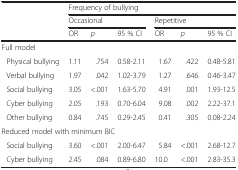
<table><thead><tr><td></td><td colspan="6"><b>Frequency of bullying</b></td></tr><tr><td></td><td colspan="3"><b>Occasional</b></td><td colspan="3"><b>Repetitive</b></td></tr><tr><td></td><td><b>OR</b></td><td><b><i>p</i></b></td><td><b>95 % CI</b></td><td><b>OR</b></td><td><b><i>p</i></b></td><td><b>95 % CI</b></td></tr></thead><tbody><tr><td colspan="7">Full model</td></tr><tr><td>Physical bullying</td><td>1.11</td><td>.754</td><td>0.58-2.11</td><td>1.67</td><td>.422</td><td>0.48-5.81</td></tr><tr><td>Verbal bullying</td><td>1.97</td><td>.042</td><td>1.02-3.79</td><td>1.27</td><td>.646</td><td>0.46-3.47</td></tr><tr><td>Social bullying</td><td>3.05</td><td>&lt;.001</td><td>1.63-5.70</td><td>4.91</td><td>.001</td><td>1.93-12.5</td></tr><tr><td>Cyber bullying</td><td>2.05</td><td>.193</td><td>0.70-6.04</td><td>9.08</td><td>.002</td><td>2.22-37.1</td></tr><tr><td>Other bullying</td><td>0.84</td><td>.745</td><td>0.29-2.45</td><td>0.41</td><td>.305</td><td>0.08-2.24</td></tr><tr><td colspan="7">Reduced model with minimum BIC</td></tr><tr><td>Social bullying</td><td>3.60</td><td>&lt;.001</td><td>2.00-6.47</td><td>5.84</td><td>&lt;.001</td><td>2.68-12.7</td></tr><tr><td>Cyber bullying</td><td>2.45</td><td>.084</td><td>0.89-6.80</td><td>10.0</td><td>&lt;.001</td><td>2.83-35.3</td></tr></tbody></table>